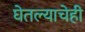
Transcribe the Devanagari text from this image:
घेतल्याचेही